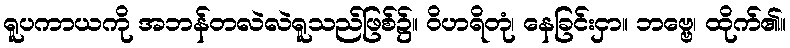
ရူပကာယကို အဘန်တလဲလဲရူသည်ဖြစ်၌။ ဝိဟရိတုံ၊ နေခြင်းငှာ။ ဘဗ္ဗေ၊ ထိုက်၏။